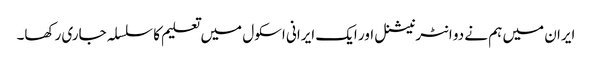
ایران میں ہم نے دو انٹرنیشنل اور ایک ایرانی اسکول میں تعلیم کا سلسلہ جاری رکھا۔